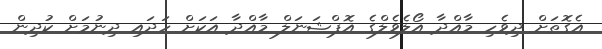
އެގޮތަށް ދިވެހި މާއްދާ އޯލެވެލްގެ އޮޕްޝަނަލް މާއްދާ އަކަށް ހަދައި ދިނުމަށް ކުދިން